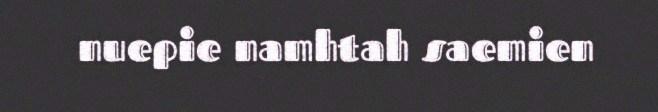
nuepie namhtah saemien